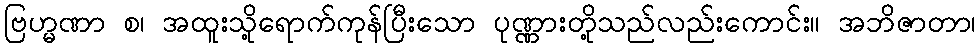
ဗြဟ္မဏာ စ၊ အထူးသို့ရောက်ကုန်ပြီးသော ပုဏ္ဏားတို့သည်လည်းကောင်း။ အဘိဇာတာ၊